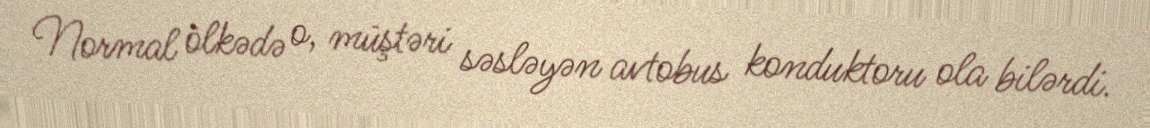
Normal ölkədə o, müştəri səsləyən avtobus konduktoru ola bilərdi.